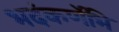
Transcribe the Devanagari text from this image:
भदंकर्णेभि